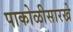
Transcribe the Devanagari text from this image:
पाकोळीसारखे